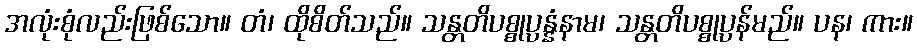
အလုံးစုံလည်းဖြစ်သော။ တံ၊ ထိုစိတ်သည်။ သန္တတိပစ္စုပ္ပန္နံနာမ၊ သန္တတိပစ္စုပ္ပန်မည်။ ပန၊ ကား။